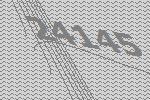
24145